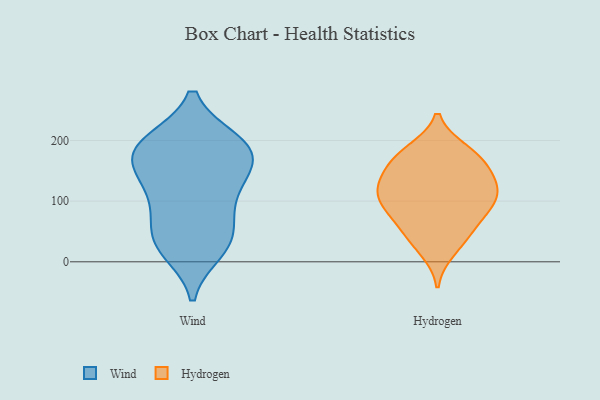
{"axis": {"x": "Backlog", "y": "Value"}, "legend": ["Hydrogen", "Wind"], "data": [{"x": "", "y": 198, "type": "Wind"}, {"x": "", "y": 31, "type": "Wind"}, {"x": "", "y": 198, "type": "Wind"}, {"x": "", "y": 43, "type": "Wind"}, {"x": "", "y": 32, "type": "Wind"}, {"x": "", "y": 158, "type": "Wind"}, {"x": "", "y": 153, "type": "Wind"}, {"x": "", "y": 78, "type": "Wind"}, {"x": "", "y": 182, "type": "Wind"}, {"x": "", "y": 147, "type": "Wind"}, {"x": "", "y": 102, "type": "Wind"}, {"x": "", "y": 182, "type": "Wind"}, {"x": "", "y": 19, "type": "Wind"}, {"x": "", "y": 112, "type": "Wind"}, {"x": "", "y": 197, "type": "Wind"}, {"x": "", "y": 19, "type": "Hydrogen"}, {"x": "", "y": 161, "type": "Hydrogen"}, {"x": "", "y": 172, "type": "Hydrogen"}, {"x": "", "y": 179, "type": "Hydrogen"}, {"x": "", "y": 125, "type": "Hydrogen"}, {"x": "", "y": 47, "type": "Hydrogen"}, {"x": "", "y": 111, "type": "Hydrogen"}, {"x": "", "y": 109, "type": "Hydrogen"}, {"x": "", "y": 183, "type": "Hydrogen"}, {"x": "", "y": 136, "type": "Hydrogen"}, {"x": "", "y": 110, "type": "Hydrogen"}, {"x": "", "y": 73, "type": "Hydrogen"}, {"x": "", "y": 86, "type": "Hydrogen"}, {"x": "", "y": 91, "type": "Hydrogen"}, {"x": "", "y": 143, "type": "Hydrogen"}, {"x": "", "y": 44, "type": "Hydrogen"}]}